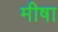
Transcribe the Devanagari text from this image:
मीषा